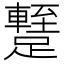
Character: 𨆧